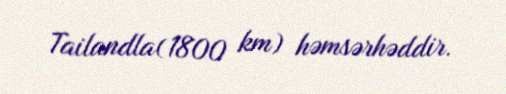
Tailandla(1800 km) həmsərhəddir.